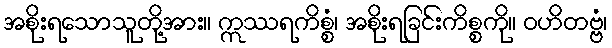
အစိုးရသောသူတို့အား။ ဣဿရကိစ္စံ၊ အစိုးရခြင်းကိစ္စကို။ ဝဟိတဗ္ဗံ၊